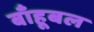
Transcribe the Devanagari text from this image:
बाँहूबल